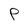
Character: P